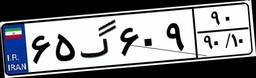
۵۹گ۲۲۰۸۱